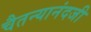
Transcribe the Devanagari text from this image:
चैतन्यानंदजी